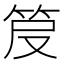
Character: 𥬖